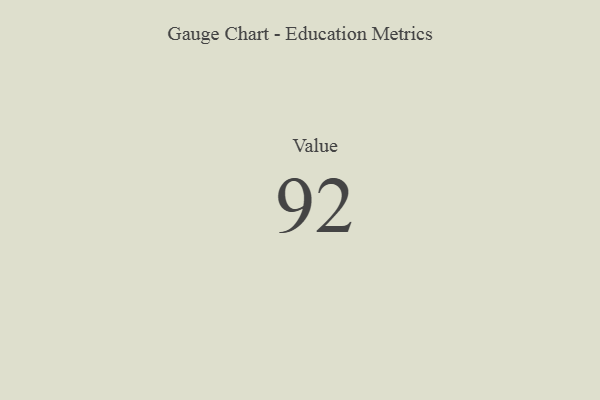
{"axis": {"x": "Metric", "y": "Value"}, "legend": [""], "data": [{"x": "Value", "y": 92, "type": ""}]}